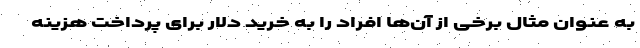
به عنوان مثال برخی از آن‌ها افراد را به خرید دلار برای پرداخت هزینه